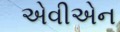
એવીએન